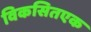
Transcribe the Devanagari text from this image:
विकसितएक